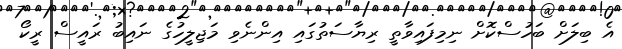
އެ ބިލަށް ބަހުސްކޮށް ނިމިފައިވާތީ ރިޔާސަތުގައި އިންނެވި މަޖިލީހުގެ ނައިބު ރައީސް ރީކޯ